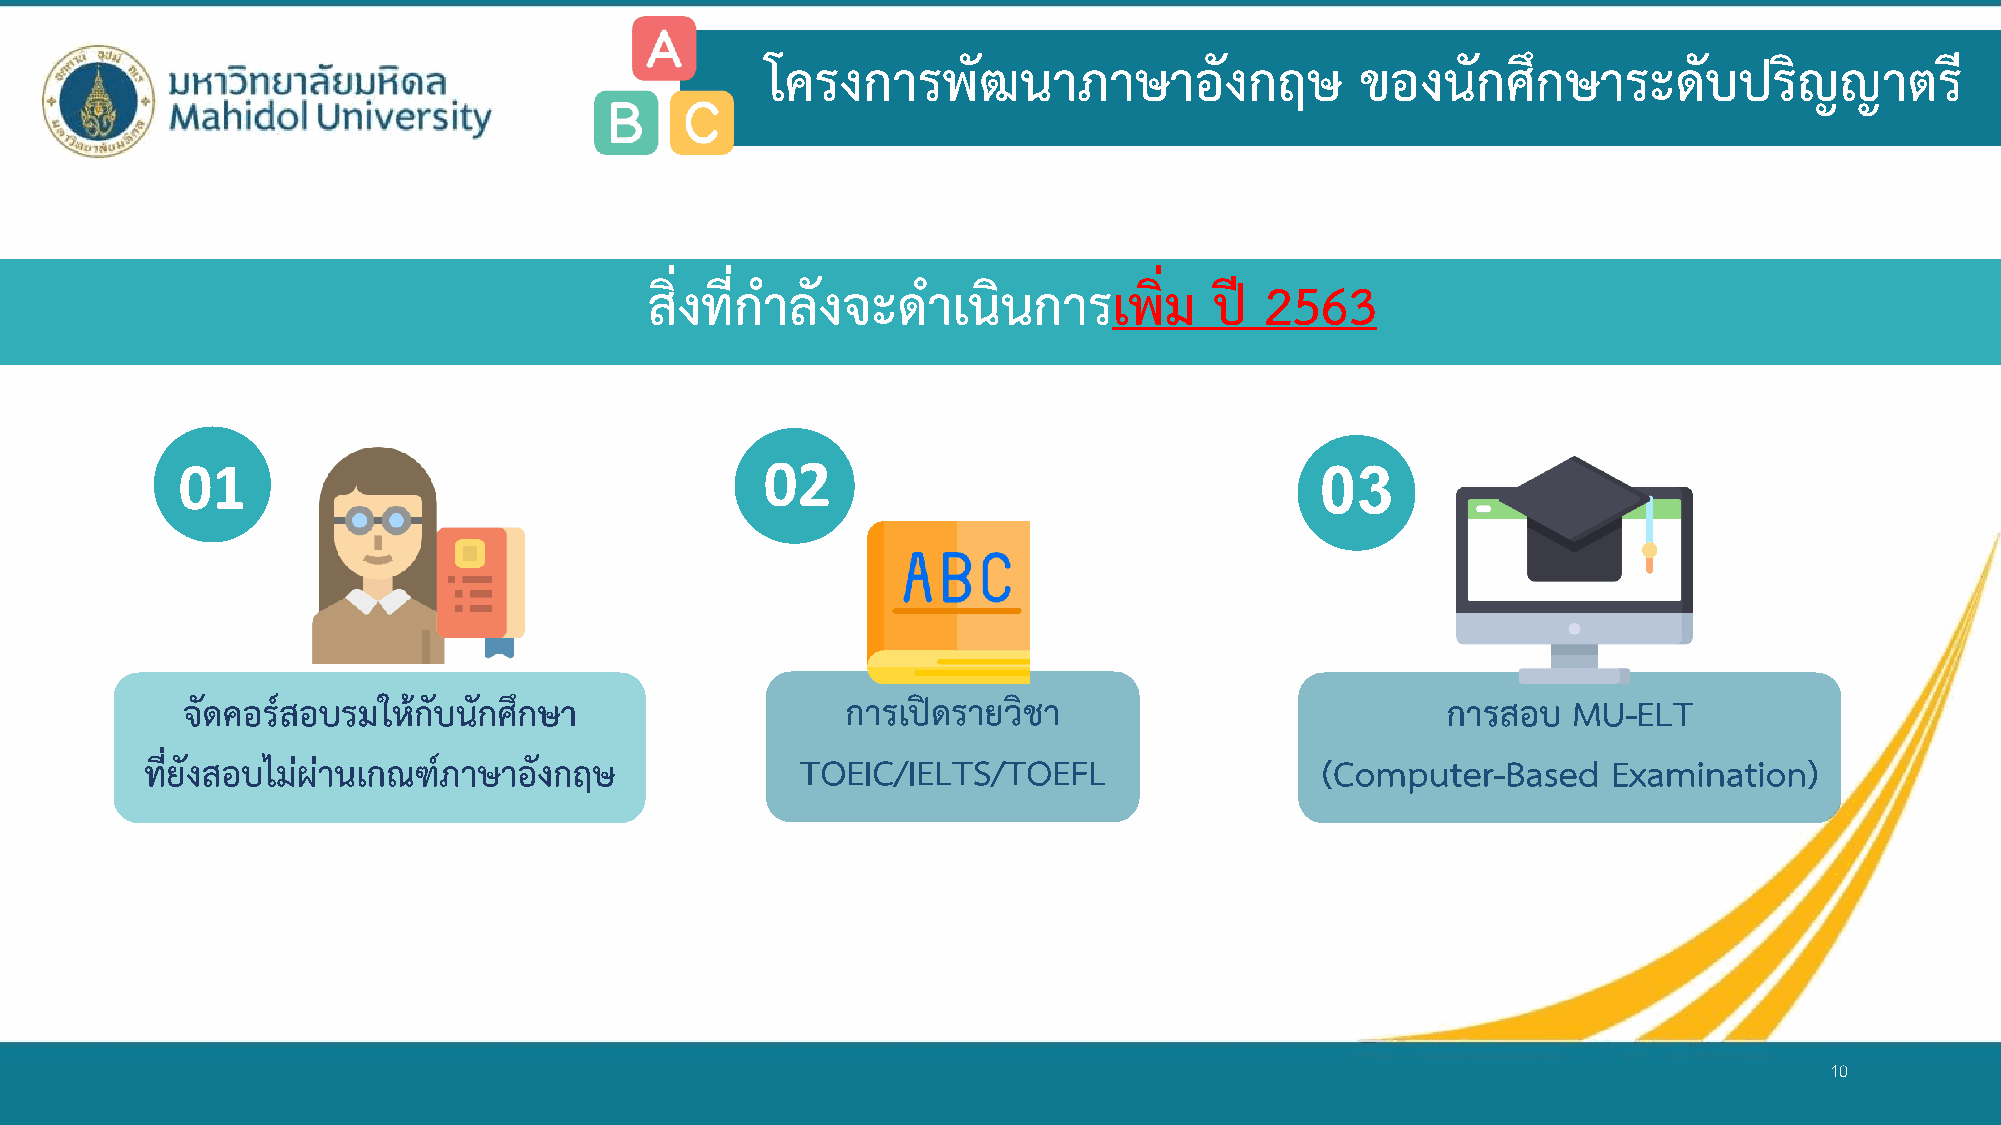
โครงการพัฒนาภาษาอังกฤษ                 ของนักศึกษาระดับปริญญาตรี
 สิ่งที่ก าลังจะด  าเนินการเพิ่ม      ปี  2563
 01                                     02                                  03
 จัดคอร์สอบรมให้กับนักศึกษา                  การเปิดรายวิชา                          การสอบ  MU-ELT
 ที่ยังสอบไม่ผ่านเกณฑภ์ าษาอังกฤษ           TOEIC/IELTS/TOEFL                 (Computer-Based     Examination)
 10